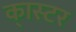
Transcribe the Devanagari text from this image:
का्स्‍टर